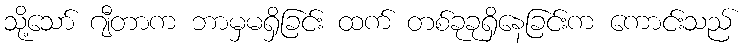
သို့သော် ဂျီတာက ဘာမှမရှိခြင်း ထက် တစ်ခုခုရှိနေခြင်းက ကောင်းသည်